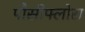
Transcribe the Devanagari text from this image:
पौसीफ्लोरा